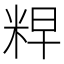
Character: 𮇘